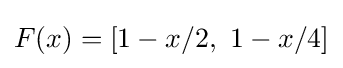
F(x)=[1-x/2,~1-x/4]